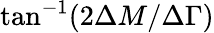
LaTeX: \tan^{-1}(2\Delta M/\Delta\Gamma)